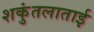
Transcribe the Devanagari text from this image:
शकुंतलाताई